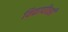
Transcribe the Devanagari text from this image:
विद्यापीठही